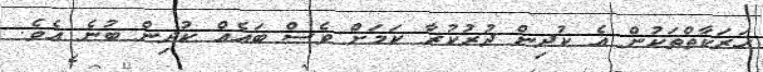
ހަރަކާތްތަކުން އެ ކުދިން ދުރުކުރާ ކަމަށް ވެސް ބައެއް ކުދިން ބުނެ އެވެ.